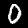
Digit: 0